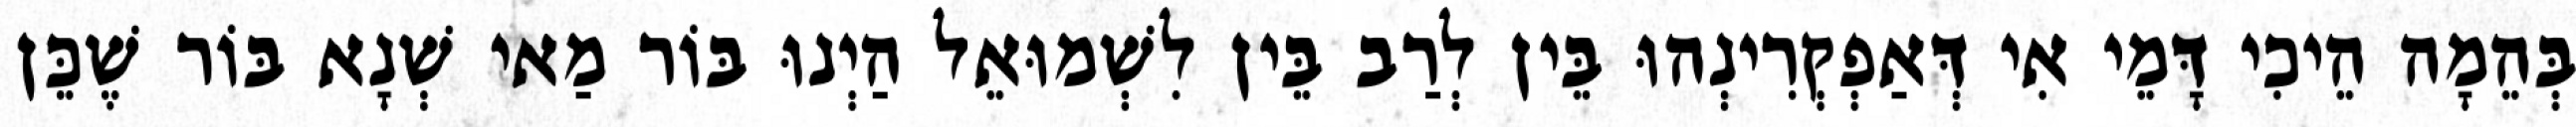
בְּהֵמָה הֵיכִי דָּמֵי אִי דְּאַפְקְרִינְהוּ בֵּין לְרַב בֵּין לִשְׁמוּאֵל הַיְנוּ בּוֹר מַאי שְׁנָא בּוֹר שֶׁכֵּן